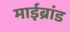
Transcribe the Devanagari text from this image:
माईब्रांड